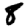
Digit: 8